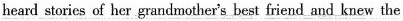
heard stories of her grandmother's best friend and knew the